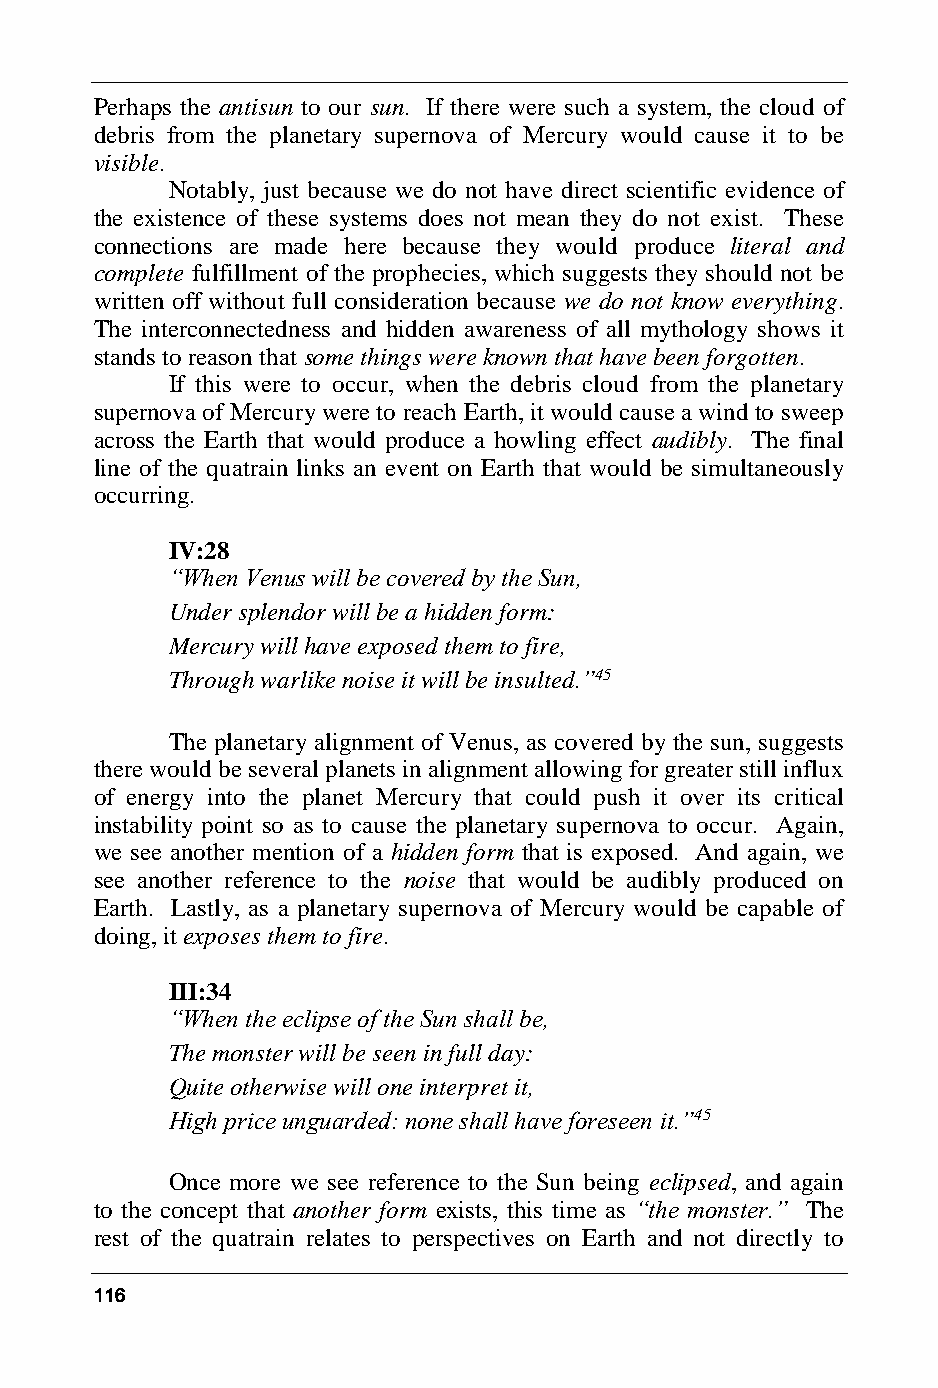
Perhaps the antisun to our sun. If there were such a system, the cloud of
 debris from the planetary supernova of Mercury would cause it to be
 visible.
 Notably, just because we do not have direct scientific evidence of
 the existence of these systems does not mean they do not exist. These
 connections are made here because they would produce literal and
 complete fulfillment of the prophecies, which suggests they should not be
 written off without full consideration because we do not know everything.
 The interconnectedness and hidden awareness of all mythology shows it
 stands to reason that some things were known that have been forgotten.
 If this were to occur, when the debris cloud from the planetary
 supernova of Mercury were to reach Earth, it would cause a wind to sweep
 across the Earth that would produce a howling effect audibly. The final
 line of the quatrain links an event on Earth that would be simultaneously
 occurring.
 IV:28
 “When Venus will be covered by the Sun,
 Under splendor will be a hidden form:
 Mercury will have exposed them to fire,
 Through warlike noise it will be insulted.”45
 The planetary alignment of Venus, as covered by the sun, suggests
 there would be several planets in alignment allowing for greater still influx
 of energy into the planet Mercury that could push it over its critical
 instability point so as to cause the planetary supernova to occur. Again,
 we see another mention of a hidden form that is exposed. And again, we
 see another reference to the noise that would be audibly produced on
 Earth. Lastly, as a planetary supernova of Mercury would be capable of
 doing, it exposes them to fire.
 III:34
 “When the eclipse of the Sun shall be,
 The monster will be seen in full day:
 Quite otherwise will one interpret it,
 High price unguarded: none shall have foreseen it.”45
 Once more we see reference to the Sun being eclipsed, and again
 to the concept that another form exists, this time as “the monster.” The
 rest of the quatrain relates to perspectives on Earth and not directly to
 116